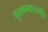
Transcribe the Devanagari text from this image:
गुलामदस्तगीर